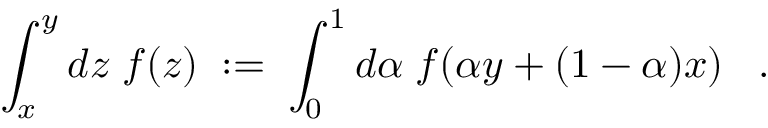
\int _ { x } ^ { y } d z \; f ( z ) \; : = \; \int _ { 0 } ^ { 1 } d \alpha \; f ( \alpha y + ( 1 - \alpha ) x ) \; \; \; .